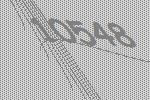
10548